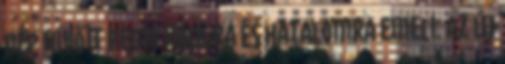
nép hívőit pedig rangra és hatalomra emeli. Az új